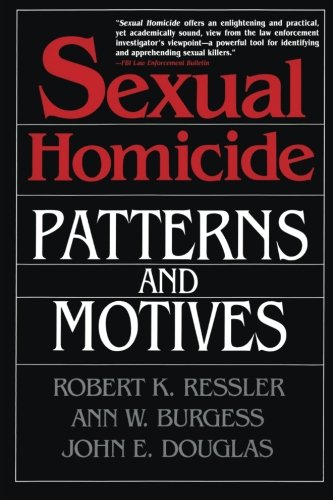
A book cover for Sexual Homicide: Patterns and Motives- Paperback; John E. Douglas; Medical Books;